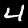
Label: 4